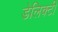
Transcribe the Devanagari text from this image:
डेलिक्टी